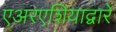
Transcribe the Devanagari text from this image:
एअरएशियाद्वारे